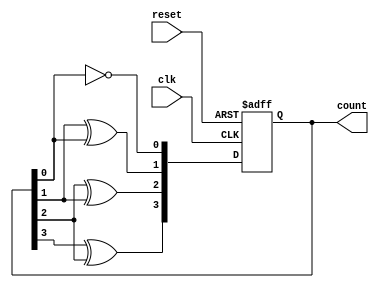
module async_ripple_counter (
    input wire clk,          // Clock input
    input wire reset,        // Asynchronous reset input
    output reg [N-1:0] count // Counter output
);
    parameter N = 4; // Number of bits in the counter

    // T flip-flop behavior
    always @(posedge clk or posedge reset) begin
        if (reset) begin
            count <= 0; // Reset the counter to 0
        end else begin
            count[0] <= ~count[0]; // Toggle LSB
            // Ripple effect for the rest of the bits
            count[1] <= count[1] ^ count[0]; // Toggle next bit if LSB is 1
            count[2] <= count[2] ^ count[1]; // Toggle next bit if previous bit is 1
            count[3] <= count[3] ^ count[2]; // Toggle next bit if previous bit is 1
            // Add more lines for additional bits if N > 4
        end
    end
endmodule